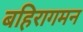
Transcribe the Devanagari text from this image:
बहिरागमन